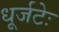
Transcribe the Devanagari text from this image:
धूर्जटेः